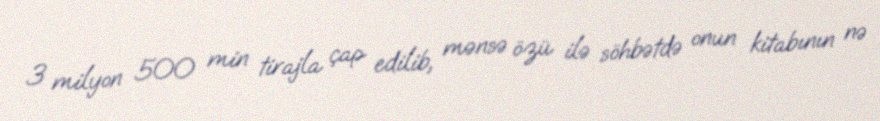
3 milyon 500 min tirajla çap edilib, mənsə özü ilə söhbətdə onun kitabının nə